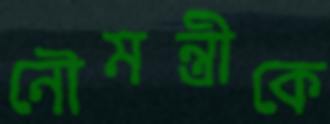
নৌমন্ত্রীকে